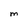
Character: m